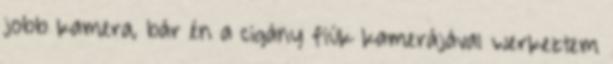
jobb kamera, bár én a cigány fiúk kamerájával werkeztem